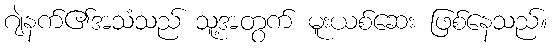
ဂျဲနက်၏အသံသည် သူ့အတွက် မူးယစ်ဆေး ဖြစ်နေသည်။